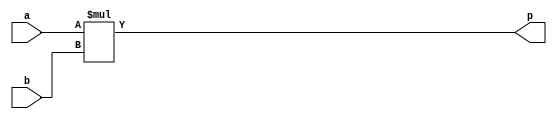

module mul_plain(a, b, p);

    parameter M = 6;
    parameter N = 6;

    input wire [M-1:0] a;
    input wire [N-1:0] b;
    output wire [M+N-1:0] p;

    assign p = a * b;

endmodule

module mul_signed_async (clk, rst, en, a, b, p);

    parameter M = 8;
    parameter N = 6;

    input wire signed clk, rst, en;
    input wire signed [M-1:0] a;
    input wire signed [N-1:0] b;
    output reg signed [M+N-1:0] p;

    reg signed [M-1:0] a_reg;
    reg signed [N-1:0] b_reg;

    // signed M*N multiplier with
    // - input and output pipeline registers
    // - asynchronous reset (active high)
    // - clock enable (active high)
    always @(posedge clk or posedge rst)
    begin
        if (rst) begin
            a_reg <= 0;
            b_reg <= 0;
            p <= 0;
        end
        else if (en) begin
            a_reg <= a;
            b_reg <= b;
            p <= a_reg * b_reg;
        end
    end

endmodule

module mul_unsigned_sync (clk, rst, en, a, b, p);

    parameter M = 6;
    parameter N = 3;

    input wire clk, rst, en;
    input wire [M-1:0] a;
    input wire [N-1:0] b;
    output reg [M+N-1:0] p;

    reg [M-1:0] a_reg;
    reg [N-1:0] b_reg;

    // unsigned M*N multiplier with
    // - input and output pipeline registers
    // - synchronous reset (active high)
    // - clock enable (active high)
    always @(posedge clk)
    begin
        if (rst) begin
            a_reg <= 0;
            b_reg <= 0;
            p <= 0;
        end
        else if (en) begin
            a_reg <= a;
            b_reg <= b;
            p <= a_reg * b_reg;
        end
    end

endmodule